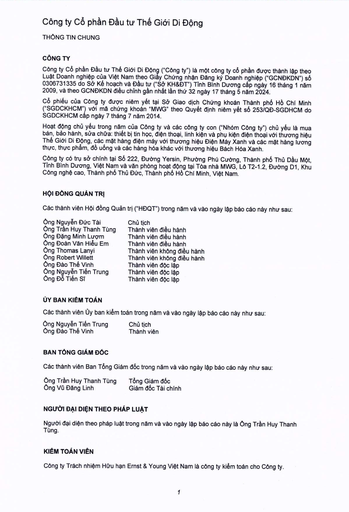
|Ông Nguyễn Đức Tài|Chủ tịch| |---|---| |Ông Trần Huy Thanh Tùng|Thành viên điều hành| |Ông Đặng Minh Lương|Thành viên điều hành| |Ông Đoàn Văn Hiểu Em|Thành viên điều hành| |Ông Thomas Lanyi|Thành viên không điều hành| |Ông Robert Willett|Thành viên không điều hành| |Ông Đào Thế Vinh|Thành viên độc lập| |Ông Nguyễn Tiến Trung|Thành viên độc lập| |Ông Đỗ Tiến Sỹ|Thành viên độc lập|